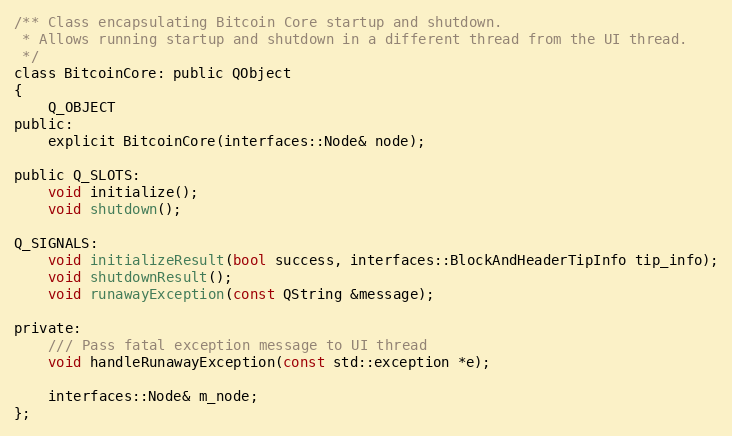
Language: C
/** Class encapsulating Bitcoin Core startup and shutdown.
 * Allows running startup and shutdown in a different thread from the UI thread.
 */
class BitcoinCore: public QObject
{
    Q_OBJECT
public:
    explicit BitcoinCore(interfaces::Node& node);

public Q_SLOTS:
    void initialize();
    void shutdown();

Q_SIGNALS:
    void initializeResult(bool success, interfaces::BlockAndHeaderTipInfo tip_info);
    void shutdownResult();
    void runawayException(const QString &message);

private:
    /// Pass fatal exception message to UI thread
    void handleRunawayException(const std::exception *e);

    interfaces::Node& m_node;
};